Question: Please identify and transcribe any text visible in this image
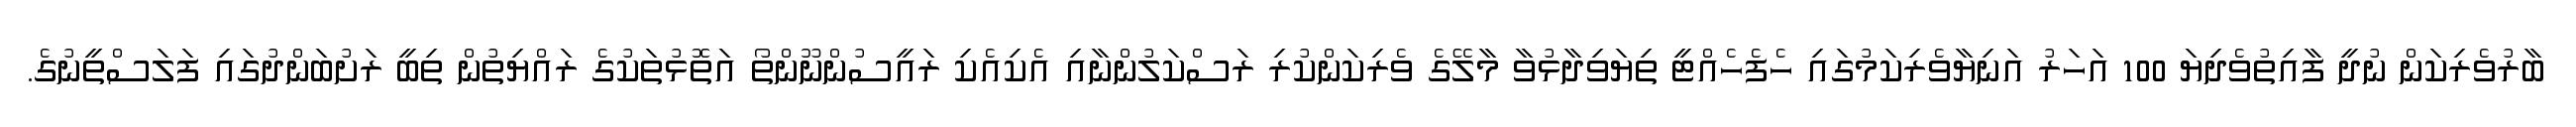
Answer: ބާރުވެރިކަން ނުދީ ފާއިތުވެދިޔަ 100 އަހަރު އަނިޔާވެރިކަމުގައި ހެފެހެއްޓީ ތިޔަވިދާޅުވާ މާލޭގެ ވެރިކަންކުރި ރަސްކަލުންނާއި އެކިއެކި ރައީސުންނޫންތޯ އަތޮޅުތަކުގެ ރައްޔިތުން ތިބީ ރަށުބަންދުގައި ފަލަސްތީނުގެ.